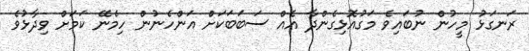
ރަނގަޅު މީހުން ނުބައިވެ މަގުއޮޅިގެންދާ އެއް ސަބަބަކަށް އަންހެނުން ހިމެނޭ ކަމަށް ވިދާޅުވެ